Vaccination in the Punjab 1919-1929 - 1919-1929
Year: 1919
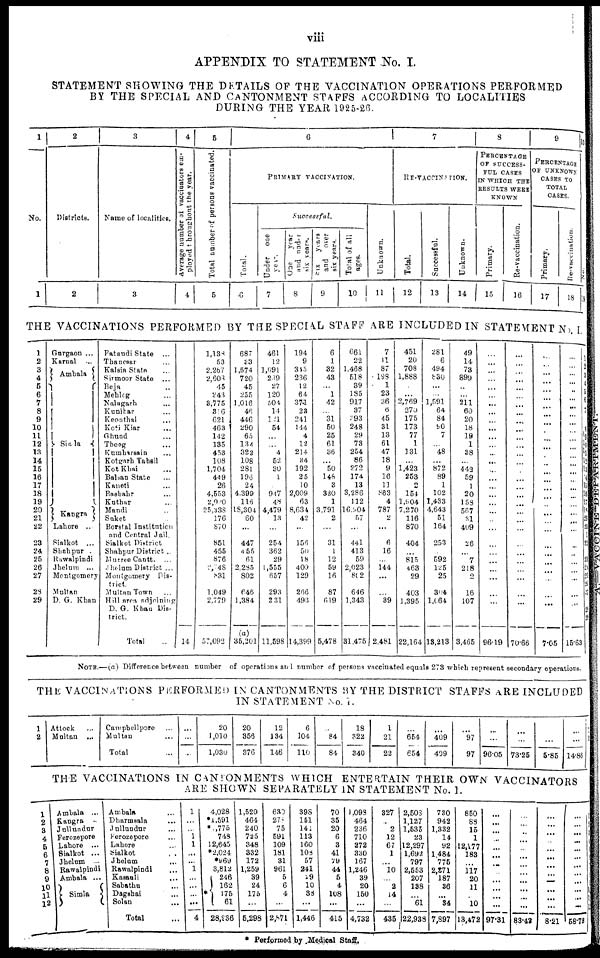
viii
APPENDIX TO STATEMENT No. I.
STATEMENT SHOWING THE DETAILS OF THE VACCINATION OPERATIONS PERFORMED
BY THE SPECIAL AND CANTONMENT STAFFS ACCORDING TO LOCALITIES
DURING THE YEAR 1925-26.
* Performed by Medical Staff.
1
No.
1
2
Districts.
2
3
Name of localities.
3
4
Average number of vaccinators em-
ployed throughout the year.
4
5
Total number of persons vaccinated.
5
6
PRIMARY VACCINATION.
Total.
6
Successful.
Under
one
year.
7
One
year
and
under
six years.
8
Six
years
and
over
six years.
9
Total of all
ages.
10
Unknown.
11
7
RE-VACCINATION.
Total.
12
Successful.
13
Unknown.
14
8
PERCENTAGE
OF SUCCESS-
FUL CASES
IN WHICH THE
RESULTS WERE
KNOWN
Primary.
15
Re-vaccination.
16
9
PERCENTAGE
OF UNKNOWN
CASES TO
TOTAL
CASES.
Primary.
17
Re-vaccination.
18
1
No.
19
THE VACCINATIONS PERFORMED BY THE SPECIAL STAFF ARE INCLUDED IN STATEMENT No. I.
1
2
3
4
5
6
7
8
9
10
11
12
13
14
15
16
17
18
19
20
21
22
23
24
25
26
27
28
29
Gurgaon ...
Karnal ...
Ambala
Simla
Kangra
Lahore ...
Sialkot ...
Shahpur ...
Rawalpindi
Jhelum ...
Montgomery
Multan
D. G. Khan
Pataudi State ...
Thanesar ...
Kalsia State ...
Sirmoor State ...
Beja ...
Mehlog ...
Nalagarh ...
Kunihar ...
Keonthal ...
Koti Kiar ...
Ghund ...
Theng ...
Kumharsain ...
Kotgarh Tahsil
Kot Khai ...
Balsan State ...
Kaneti ...
Bashahr ...
Kuthur ...
Mandi ...
Suket ...
Borstal Institution
and Central Jail.
Sialkot District
Shahpur District ..
Murree Cantt. ...
Jhelum District ...
Montgomery Dis-
trict.
Multan Town ...
Hill area adjoining
D. G. Khan Dis-
trict.
Total ...
14
1,138
53
2,267
2,608
45
243
3,775
316
621
463
142
135
453
108
1,704
449
26
4,553
2,080
25,338
176
870
851
455
876
2,748
831
1,049
2,779
57,092
687
33
1,574
720
45
255
1,016
46
446
290
65
134
322
108
281
196
24
4,399
116
18,304
60
...
447
455
61
2,285
802
646
1,384
(a)
35,201
461
12
1,091
289
27
120
504
14
121
54
...
...
4
52
30
1
...
947
48
4,479
13
...
254
362
29
1,555
657
293
231
11,598
194
9
345
236
12
64
374
23
241
144
4
12
214
34
192
25
10
2,009
63
8,634
42
...
156
50
18
409
129
266
493
14,399
6
1
32
43
...
1
42
...
31
50
25
61
36
...
50
148
3
380
1
3,791
2
...
31
1
12
59
16
87
619
5,478
661
22
1,468
518
39
185
917
37
393
248
29
73
254
86
272
174
13
3,286
112
16,304
57
...
441
413
59
2,023
802
646
1,343
31,475
7
11
87
198
1
23
36
6
45
31
13
61
47
18
9
16
11
863
4
787
2
...
6
16
...
144
...
...
89
2,481
451
20
708
1,888
...
...
2,769
270
175
173
77
1
131
...
1,423
253
2
154
1,904
7,270
116
870
404
...
815
463
29
403
1,395
22,164
281
6
494
830
...
...
1,591
64
84
90
7
...
48
...
872
89
1
102
1,433
4,643
51
164
253
...
592
125
25
304
1,164
13,213
49
14
73
899
...
...
211
60
20
18
19
1
38
...
442
59
1
20
158
567
31
409
26
...
7
218
2
16
107
3,465
...
...
...
...
...
...
...
...
...
...
...
...
...
...
...
...
...
...
...
...
...
...
...
...
...
...
...
...
...
96.19
...
...
...
...
...
...
...
...
...
...
...
...
...
...
...
...
...
...
...
...
...
...
...
...
...
...
...
...
...
70.66
...
...
...
...
...
...
...
...
...
...
...
...
...
...
...
...
...
...
...
...
...
...
...
...
...
...
...
...
...
7.05
...
...
...
...
...
...
...
...
...
...
...
...
...
...
...
...
...
...
...
...
...
...
...
...
...
...
...
...
...
15.63
1
2
3
4
5
6
7
8
9
10
11
12
13
14
15
16
17
18
19
20
22
23
24
25
26
27
28
29
NOTE.— (a) Difference between number of operations and number of persons vaccinated equals 273 which represent secondary operations.
THE VACCINATIONS PERFORMED IN CANTONMENTS BY THE DISTRICT STAFFS ARE INCLUDED
IN STATEMENT No. I.
1
2
Attock
...
Multan ...
Campbellpore ...
Multan ...
Total ...
...
...
...
20
1,010
1,030
20
356
376
12
134
146
6
104
110
...
84
84
18
322
340
1
21
22
...
654
654
...
409
409
...
97
97
...
...
96.05
...
...
73.25
...
...
5.85 14.86
THE VACCINATIONS IN CANTONMENTS WHICH ENTERTAIN THEIR OWN VACCINATORS
ARE SHOWN SEPARATELY IN STATEMENT No. I.
1
2
3
4
5
6
7
8
9
10
11
12
Ambala
...
Kangra ...
Jullundur
Ferozepore
Lahore ...
Sialkot ...
Jhelum ...
Rawalpindi
Ambala ...
Simla
Ambala ...
Dharmsala ...
Jullundur ...
Ferozepore ...
Lahore ...
Sialkot
...
Jhelum ...
Rawalpindi ...
Kasauli
...
Sabathu ...
Dagshai ...
Solan ...
Total ...
1
...
...
1
1
...
...
1
...
...
...
...
4
4,028
*1,591
*1,775
748
12,645
*2,024
*969
3,812
*
246
162
175
61
28,236
1,520
464
240
725
348
332
172
1,259
39
24
175
...
5,298
630
278
75
591
109
181
31
961
5
6
4
...
2,871
398
151
141
113
160
108
57
241
29
10
38
...
1,446
70
35
20
6
3
41
79
44
5
4
108
...
415
1,093
464
236
710
272
330
167
1,246
39
20
150
...
4,732
327
...
2
12
67
1
...
10
...
2
14
...
435
2,503
1,127
1,535
23
12,297
1,692
797
2,553
207
138
...
61
22,938
730
942
1,332
14
92
1,484
775
2,271
187
36
...
34
7,897
850
88
15
1
12,177
183
...
117
20
11
...
10
13,472
...
...
...
...
...
...
...
...
...
...
...
...
97.31
...
...
...
...
...
...
...
...
...
...
...
...
83.42
...
...
...
...
...
...
...
...
...
...
...
...
8.21
...
...
...
...
...
...
...
...
...
...
...
...
58.78